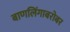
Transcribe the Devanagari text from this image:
बाणलिंगाबरोबर